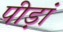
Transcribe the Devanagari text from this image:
पीड़ां